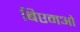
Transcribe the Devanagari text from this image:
बिएमओ